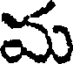
మ